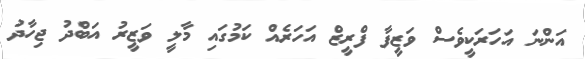
އަންނަ އަހަރަކީވެސް ވަޒީފާ ފްރީޒް އަހަރެއް ކަމުގައި މާލީ ވަޒީރު އަބްދު ޖިހާދު